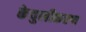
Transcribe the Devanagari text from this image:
केचुलीकरण